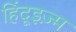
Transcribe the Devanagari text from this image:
हिंदूइज़्म